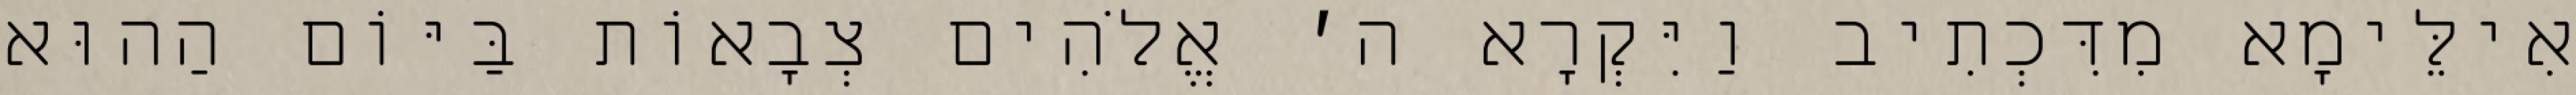
אִילֵּימָא מִדִּכְתִיב וַיִּקְרָא ה׳ אֱלֹהִים צְבָאוֹת בַּיּוֹם הַהוּא